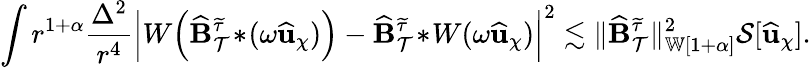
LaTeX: \int r^{1+\alpha}\frac{\Delta^{2}}{r^{4}}\left|W\! \left(\widehat{\mathbf{B}}_{\mathcal{T}}^{\widetilde{\tau}}\! *\! (\omega\widehat{\mathbf{u}}_{\chi})\right)-\widehat{\mathbf{B}}_{\mathcal{T}}^{\widetilde{\tau}}\! *\! W(\omega\widehat{\mathbf{u}}_{\chi})\right|^{2}\lesssim\lVert\widehat{\mathbf{B}}_{\mathcal{T}}^{\widetilde{\tau}}\rVert_{{\mathbb{W}[{1+\alpha}]}}^{2}\mathcal{S}[\widehat{\mathbf{u}}_{\chi}].